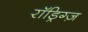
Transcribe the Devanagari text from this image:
रॉड्रिग्ज़